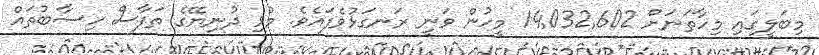
މިބަލީގައި މިހާތަނަށް 14